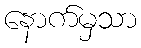
နောက်မှသာ